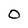
Character: 0